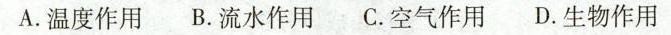
A.温度作用 B.流水作用 C.空气作用 D.生物作用